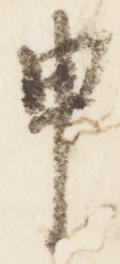
申